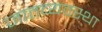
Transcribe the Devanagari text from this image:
जातव्यवस्था